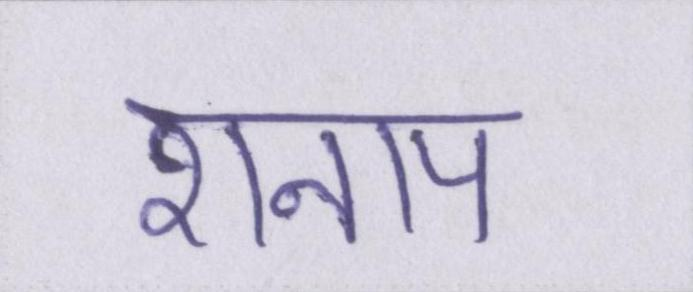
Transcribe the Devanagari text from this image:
शनाप